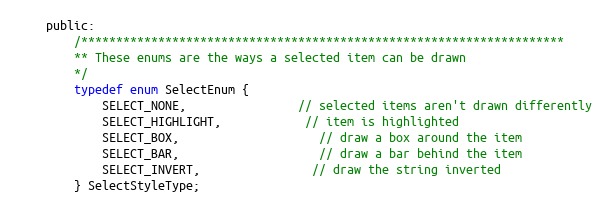
Language: C
	public:
		/*********************************************************************
		** These enums are the ways a selected item can be drawn
		*/
		typedef enum SelectEnum {
			SELECT_NONE,				// selected items aren't drawn differently
			SELECT_HIGHLIGHT,			// item is highlighted
			SELECT_BOX,					// draw a box around the item
			SELECT_BAR,					// draw a bar behind the item
			SELECT_INVERT,				// draw the string inverted
		} SelectStyleType;